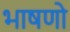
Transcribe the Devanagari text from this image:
भाषणो